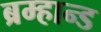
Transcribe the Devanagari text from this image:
ब्रम्हान्ड